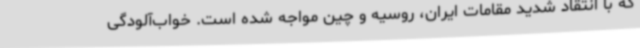
که با انتقاد شدید مقامات ایران، روسیه و چین مواجه شده است. خواب‌آلودگی